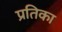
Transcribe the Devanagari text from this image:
प्रतिका